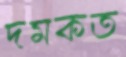
দমকত